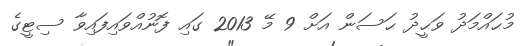
މުޙައްމަދު ވަޙީދު ޙަސަން އަށް 9 މޭ 2013 ގައި ފޮނުއްވައިފައިވާ ސިޓީގެ